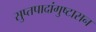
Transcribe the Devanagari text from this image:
सुप्तपादांगुष्टासन